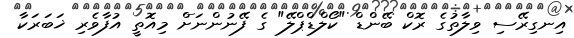
އިނގިރޭސި ވިލާތުގެ ރޮކް ބޭންޑް "ކޯލްޑްޕްލޭ" ގެ ފޭނުންނަށް މިއޮތީ އުފާވެރި ޚަބަރަކާ